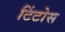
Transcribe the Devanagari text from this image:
टिंटोस